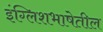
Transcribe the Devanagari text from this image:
इंग्लिशभाषेतील